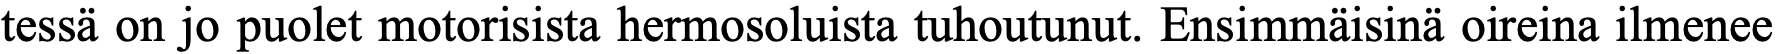
tessä on jo puolet motorisista hermosoluista tuhoutunut. Ensimmäisinä oireina ilmenee